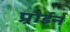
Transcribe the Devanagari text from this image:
प्र्रोईन